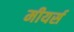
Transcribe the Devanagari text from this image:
मीयर्स